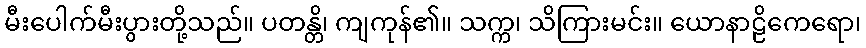
မီးပေါက်မီးပွားတို့သည်။ ပတန္တိ၊ ကျကုန်၏။ သက္က၊ သိကြားမင်း။ ယောနာဠိကေရော၊